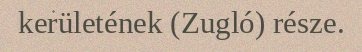
kerületének (Zugló) része.